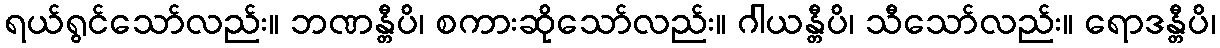
ရယ်ရွင်သော်လည်း။ ဘဏန္တီပိ၊ စကားဆိုသော်လည်း။ ဂါယန္တီပိ၊ သီသော်လည်း။ ရောဒန္တီပိ၊